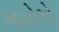
જખોએ